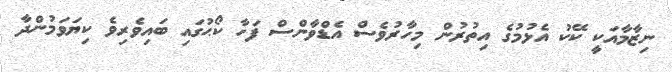
ނިޒާމާއަކީ ކޭކު އެޅުމުގެ އިތުރުން މިހާރުވެސް އެޑްވާންސް ފަހާ ކޯޙުގައި ބައިވެރިވެ ކިޔަވަމުންދާ